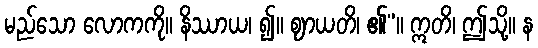
မည်သော လောကကို။ နိဿာယ၊ ၍။ ဈာယတိ၊ ၏”။ ဣတိ၊ ဤသို့။ န